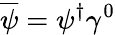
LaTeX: {\overline{{\psi}}}=\psi^{\dagger}\gamma^{0}